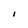
Character: I